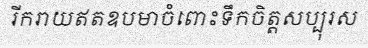
រីករាយឥតឧបមាចំពោះទឹកចិត្តសប្បុរស